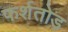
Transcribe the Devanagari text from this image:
फर्शतोड़